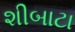
શીબાટા